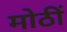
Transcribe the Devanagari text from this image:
मोठीं